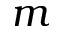
m